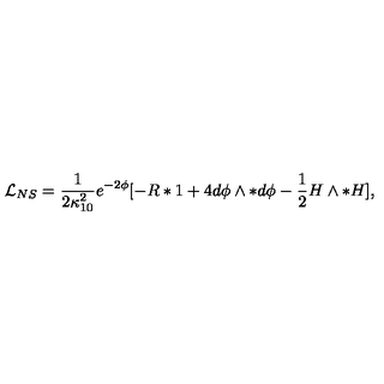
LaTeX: { \mathcal { L } } _ { N S } = { \frac { 1 } { 2 \kappa _ { 1 0 } ^ { 2 } } } { e ^ { - 2 \phi } } [ - R * 1 + 4 d \phi \wedge * d \phi - \frac { 1 } { 2 } H \wedge * H ] ,